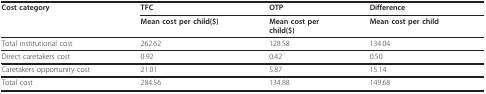
<table><thead><tr><td><b>Cost category</b></td><td><b>TFC</b></td><td><b>OTP</b></td><td><b>Difference</b></td></tr><tr><td></td><td><b>Mean cost per child($)</b></td><td><b>Mean cost perchild($)</b></td><td><b>Mean cost per child</b></td></tr></thead><tbody><tr><td>Total institutional cost</td><td>262.62</td><td>128.58</td><td>134.04</td></tr><tr><td>Direct caretakers cost</td><td>0.92</td><td>0.42</td><td>0.50</td></tr><tr><td>Caretakers opportunity cost</td><td>21.01</td><td>5.87</td><td>15.14</td></tr><tr><td>Total cost</td><td>284.56</td><td>134.88</td><td>149.68</td></tr></tbody></table>